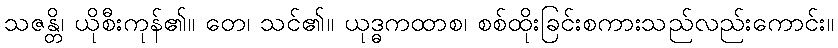
သဇန္တိ၊ ယိုစီးကုန်၏။ တေ၊ သင်၏။ ယုဒ္ဓကထာစ၊ စစ်ထိုးခြင်းစကားသည်လည်းကောင်း။